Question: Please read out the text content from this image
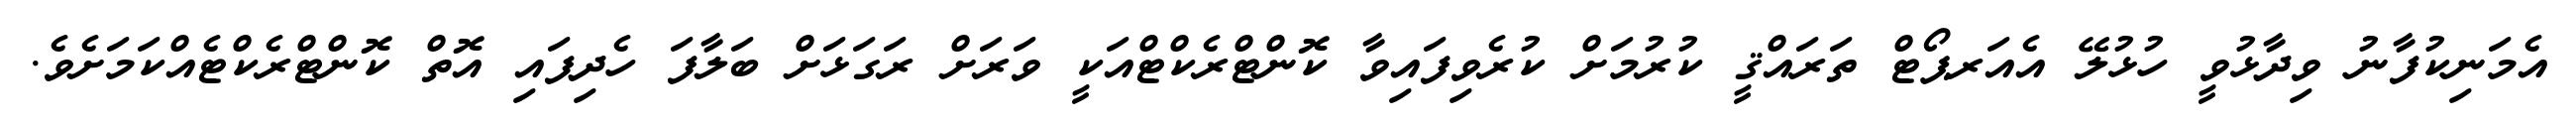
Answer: އެމަނިކުފާނު ވިދާޅުވީ ހުޅުލޭ އެއަރޕޯޓް ތަރައްޤީ ކުރުމަށް ކުރެވިފައިވާ ކޮންޓްރެކްޓްއަކީ ވަރަށް ރަގަޅަށް ބަލާފަ ހެދިފައި އޮތް ކޮންޓްރެކްޓެއްކަމަށެވެ.